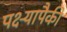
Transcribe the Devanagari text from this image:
पक्ष्यापैकी